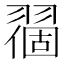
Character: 𬚅